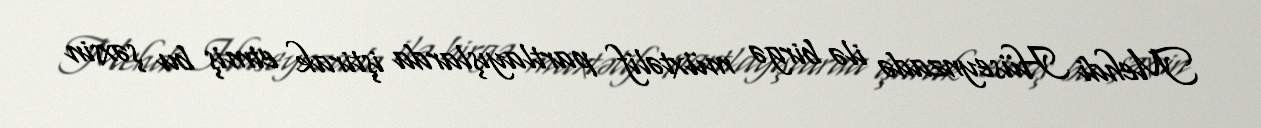
Mehdi Hüseynzadə ilə birgə müxtəlif partlayışlarda iştirak etmiş bu şəxsin